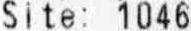
SITE: 1046